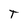
Character: T